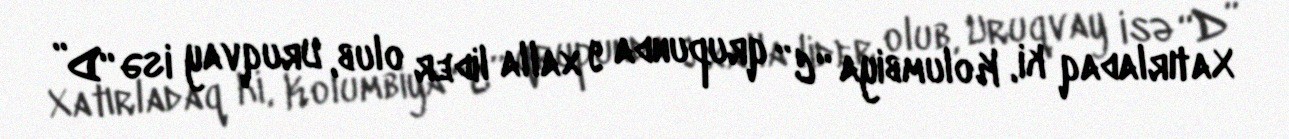
Xatırladaq ki, Kolumbiya “C” qrupunda 9 xalla lider olub, Uruqvay isə “D”